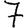
Digit: 7